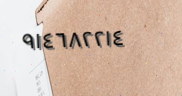
٩١٤٦٨٢٢١٤